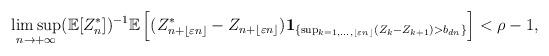
LaTeX: \begin{align*}\limsup_{n\rightarrow +\infty} (\mathbb E[Z_n^*])^{-1}\mathbb E\left[(Z_{n+\lfloor \varepsilon n\rfloor}^*-Z_{n+\lfloor \varepsilon n\rfloor}) \mathbf 1_{\{\sup_{k=1,\ldots,\lfloor \varepsilon n\rfloor} (Z_{k}-Z_{k+1})> b_{dn}\}}\right]<\rho-1,\end{align*}